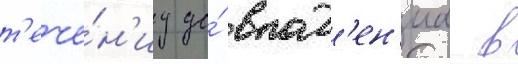
т'ече́н'иу до́ впад'ен'иа в